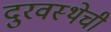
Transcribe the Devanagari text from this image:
दुरवस्थेची